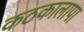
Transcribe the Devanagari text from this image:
कठकालापा